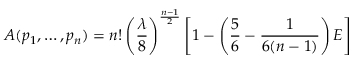
A ( p _ { 1 } , \ldots , p _ { n } ) = n ! \left( { \frac { \lambda } { 8 } } \right) ^ { \frac { n - 1 } { 2 } } \left[ 1 - \left( { \frac { 5 } { 6 } } - { \frac { 1 } { 6 ( n - 1 ) } } \right) E \right]